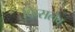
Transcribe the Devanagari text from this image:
किसलेव